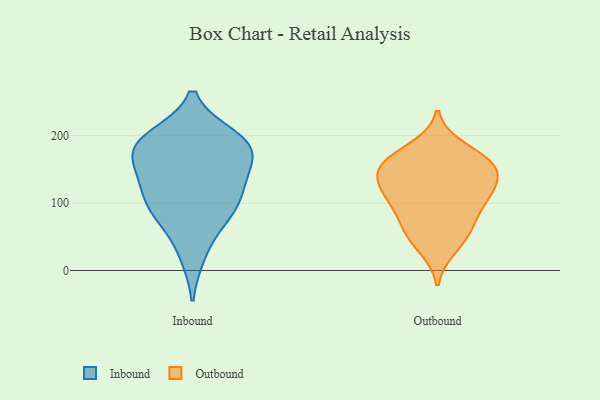
{"axis": {"x": "Demand Index", "y": "Value"}, "legend": ["Inbound", "Outbound"], "data": [{"x": "", "y": 197, "type": "Inbound"}, {"x": "", "y": 77, "type": "Inbound"}, {"x": "", "y": 121, "type": "Inbound"}, {"x": "", "y": 90, "type": "Inbound"}, {"x": "", "y": 178, "type": "Inbound"}, {"x": "", "y": 184, "type": "Inbound"}, {"x": "", "y": 24, "type": "Inbound"}, {"x": "", "y": 192, "type": "Inbound"}, {"x": "", "y": 132, "type": "Inbound"}, {"x": "", "y": 89, "type": "Inbound"}, {"x": "", "y": 166, "type": "Inbound"}, {"x": "", "y": 130, "type": "Inbound"}, {"x": "", "y": 185, "type": "Inbound"}, {"x": "", "y": 108, "type": "Outbound"}, {"x": "", "y": 151, "type": "Outbound"}, {"x": "", "y": 72, "type": "Outbound"}, {"x": "", "y": 119, "type": "Outbound"}, {"x": "", "y": 166, "type": "Outbound"}, {"x": "", "y": 64, "type": "Outbound"}, {"x": "", "y": 51, "type": "Outbound"}, {"x": "", "y": 151, "type": "Outbound"}, {"x": "", "y": 105, "type": "Outbound"}, {"x": "", "y": 106, "type": "Outbound"}, {"x": "", "y": 34, "type": "Outbound"}, {"x": "", "y": 150, "type": "Outbound"}, {"x": "", "y": 160, "type": "Outbound"}, {"x": "", "y": 181, "type": "Outbound"}, {"x": "", "y": 133, "type": "Outbound"}]}